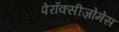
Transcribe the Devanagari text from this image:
पेरॉक्सीज़ोमेस